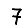
Digit: 7